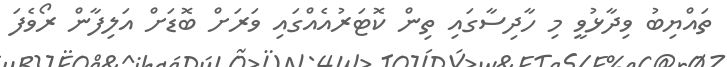
ތައްޔިބު ވިދާޅުވީ މި ހާދިސާގައި ތިން ކޮޓަރުއެއްގައި ވަރަށް ބޮޑަށް އަލިފާން ރޯވެފަ